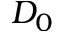
D _ { 0 }